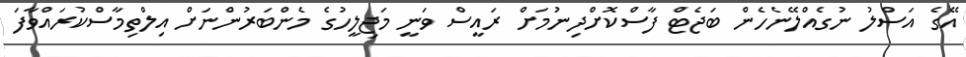
އޭގެ އަސްލު ނުގެއްލޭނެހެން ބަޖެޓް ފާސްކޮށްދިނުމަށް ރައީސް ވަނީ މަޖިލީހުގެ މެންބަރުންނަށް އިލްތިމާސްކުރައްވާފަ